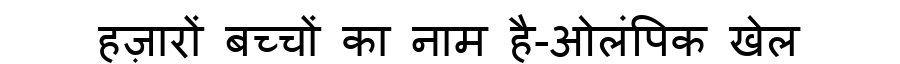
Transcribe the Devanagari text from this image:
हज़ारों बच्चों का नाम है-ओलंपिक खेल